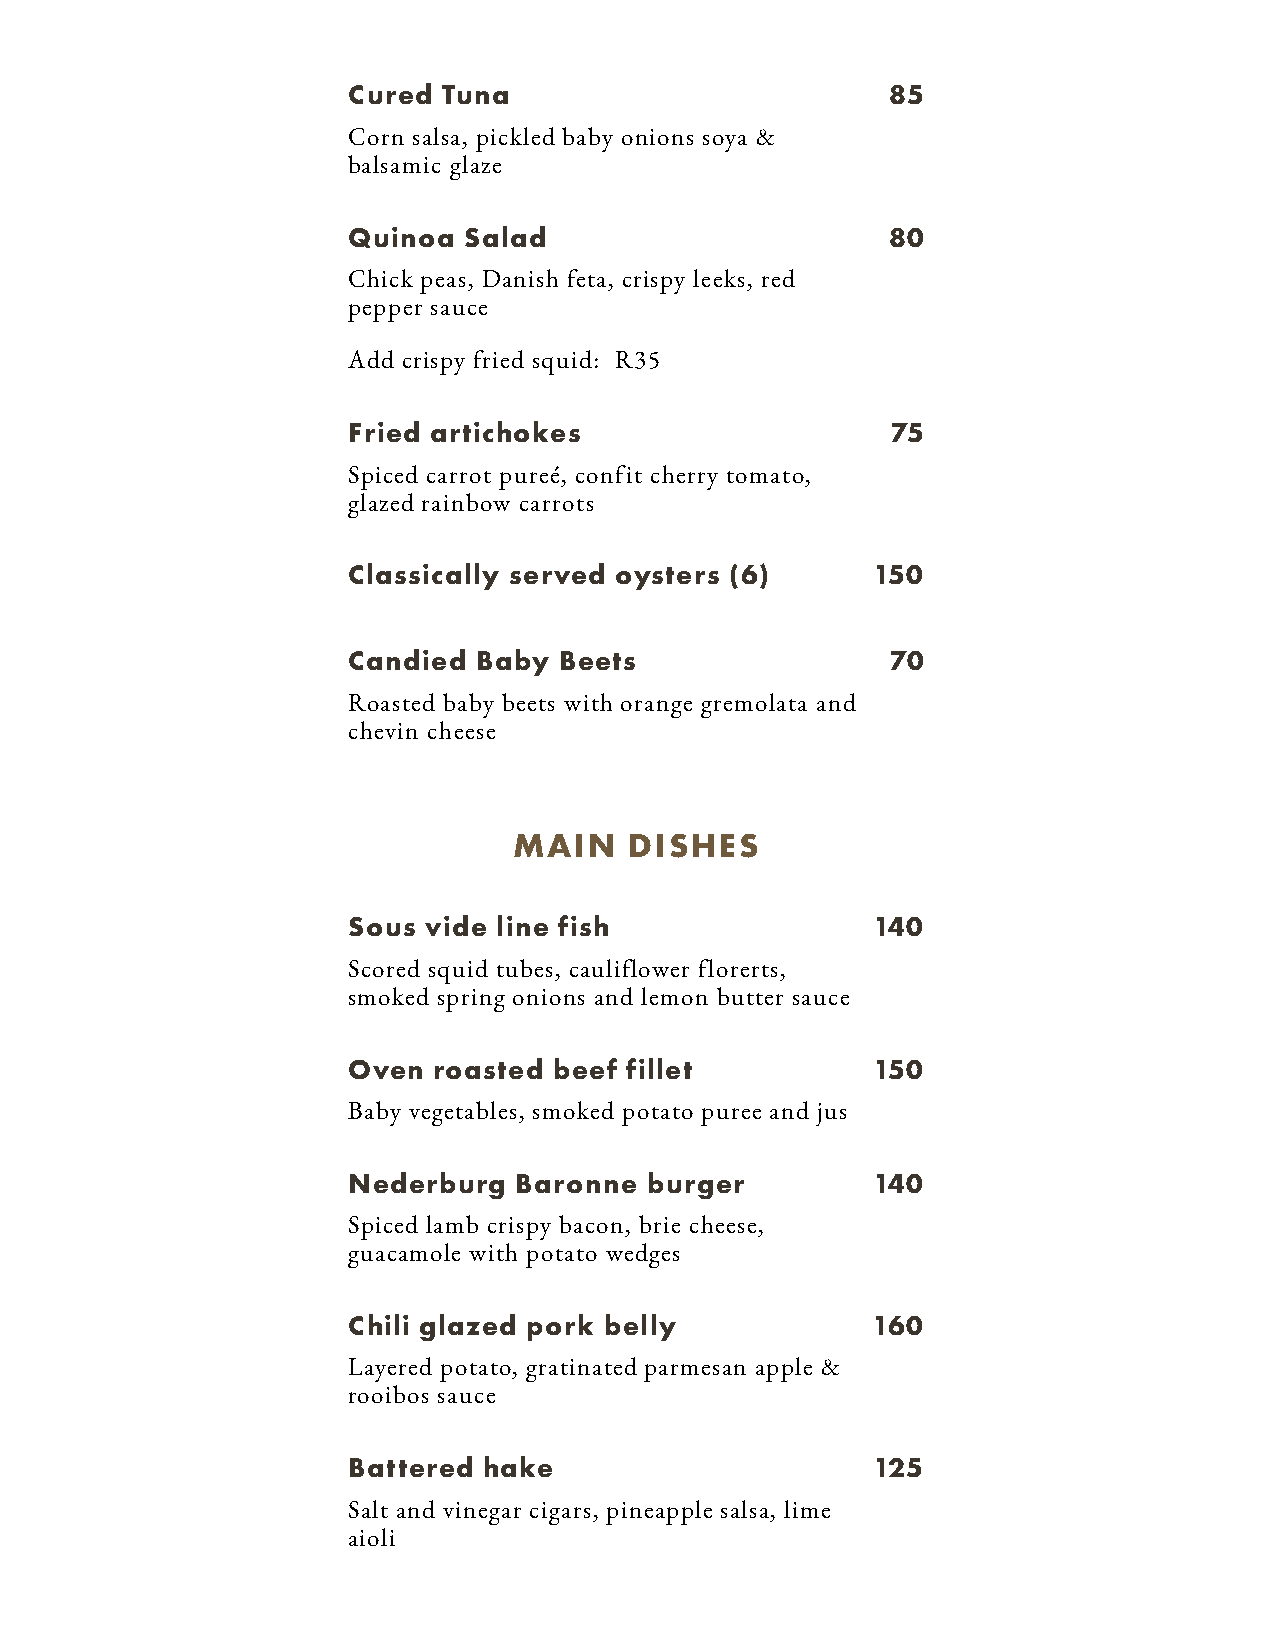
Cured Tuna                          85
 Corn salsa, pickled baby onions soya &
 balsamic glaze
 Quinoa  Salad                       80
 Chick peas, Danish feta, crispy leeks, red
 pepper sauce
 Add crispy fried squid: R35
 Fried artichokes                    75
 Spiced carrot pureé, confit cherry tomato,
 glazed rainbow carrots
 Classically served oysters (6)     150
 Candied  Baby Beets                 70
 Roasted baby beets with orange gremolata and
 chevin cheese
 MAIN    DISHES
 Sous vide line fish                140
 Scored squid tubes, cauliflower florerts,
 smoked spring onions and lemon butter sauce
 Oven  roasted beef fillet          150
 Baby vegetables, smoked potato puree and jus
 Nederburg  Baronne  burger         140
 Spiced lamb crispy bacon, brie cheese,
 guacamole with potato wedges
 Chili glazed pork belly            160
 Layered potato, gratinated parmesan apple &
 rooibos sauce
 Battered hake                      125
 Salt and vinegar cigars, pineapple salsa, lime
 aioli